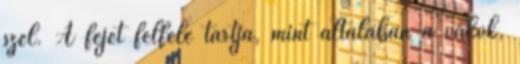
szél. A fejét felfelé tartja, mint általában a vakok,